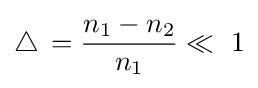
\triangle \,={\frac {n_{1}-n_{2}}{n_{1}}}\ll \ 1